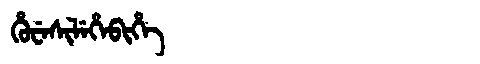
Manchu: ᡥᡠᠸᡝᠰᡳᠯᡝᡥᡝᠪᡳᡥᡝ
Romanization: HUWESILEHEBIHE